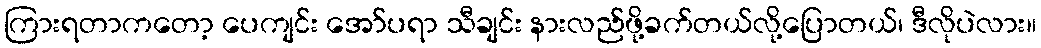
ကြားရတာကတော့ ပေကျင်း အော်ပရာ သီချင်း နားလည်ဖို့ခက်တယ်လို့ပြောတယ်၊ ဒီလိုပဲလား။